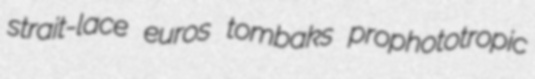
strait-lace euros tombaks prophototropic